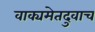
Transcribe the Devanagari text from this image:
वाक्यमेतदुवाच